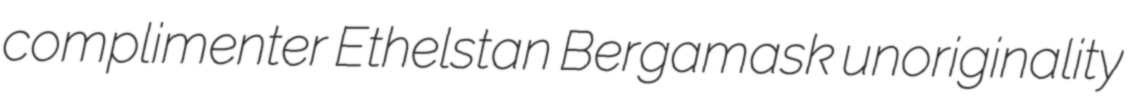
complimenter Ethelstan Bergamask unoriginality